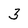
Character: 3